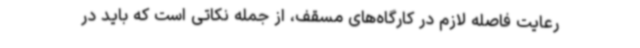
رعایت فاصله لازم در کارگاه‌های مسقف، از جمله نکاتی است که باید در